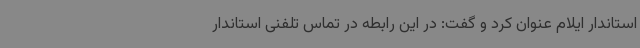
استاندار ایلام عنوان کرد و گفت: در این رابطه در تماس تلفنی استاندار